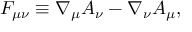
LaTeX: F _ { \mu \nu } \equiv \nabla _ { \mu } A _ { \nu } - \nabla _ { \nu } A _ { \mu } ,